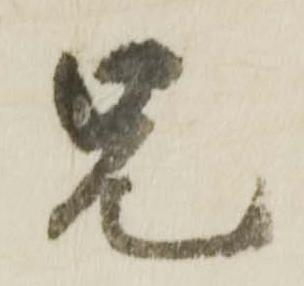
兄